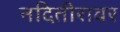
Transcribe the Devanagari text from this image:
नदितीरावर